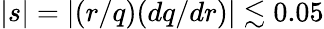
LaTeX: |s|=|(r/q)(dq/dr)|\lesssim 0.05